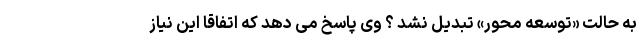
به حالت «توسعه محور» تبدیل نشد ؟ وی پاسخ می دهد که اتفاقا این نیاز